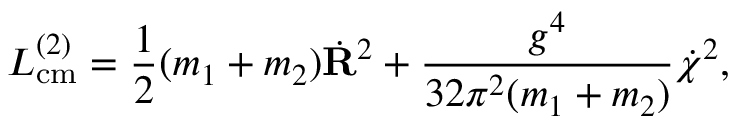
{ \cal L } _ { \mathrm { c m } } ^ { ( 2 ) } = \frac { 1 } { 2 } ( m _ { 1 } + m _ { 2 } ) \dot { { \bf R } } ^ { 2 } + \frac { g ^ { 4 } } { 3 2 \pi ^ { 2 } ( m _ { 1 } + m _ { 2 } ) } \dot { \chi } ^ { 2 } ,